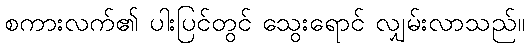
စကားလက်၏ ပါးပြင်တွင် သွေးရောင် လျှမ်းလာသည်။